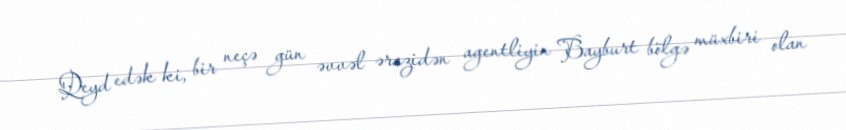
Qeyd edək ki, bir neçə gün əvvəl ərazidən agentliyin Bayburt bölgə müxbiri olan